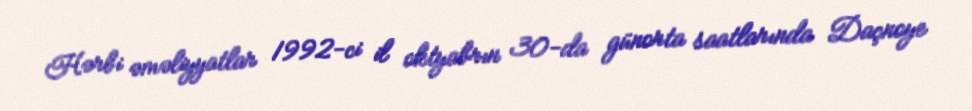
Hərbi əməliyyatlar 1992-ci il oktyabrın 30-da günorta saatlarında Daçnoye